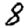
Digit: 8